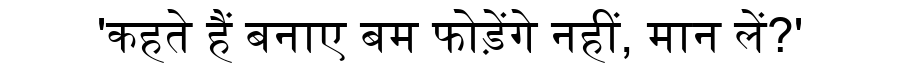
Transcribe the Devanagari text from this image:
'कहते हैं बनाए बम फोड़ेंगे नहीं, मान लें?'